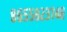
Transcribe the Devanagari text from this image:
८६५५८२३७४८